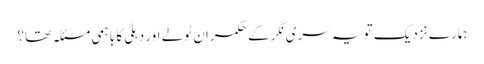
ہمارے نزدیک تو یہ سری نگر کے حکمران ٹولے اور دہلی کا باہمی مسئلہ تھا؟